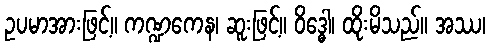
ဥပမာအားဖြင့်။ ကဏ္ဍကေန၊ ဆူးဖြင့်။ ဝိဒ္ဓေါ၊ ထိုးမိသည်။ အဿ၊